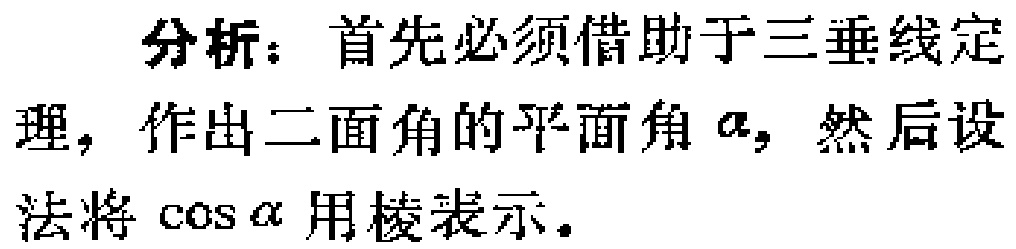
分析：首先必须借助于三垂线定理，作出二面角的平面角\(\alpha\)，然后设法将\(\cos\alpha\)用棱表示。